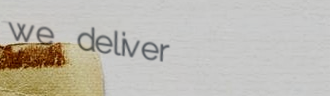
we deliver